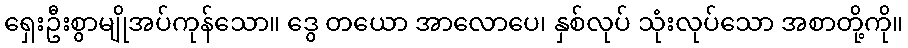
ရှေးဦးစွာမျိုအပ်ကုန်သော။ ဒွေ တယော အာလောပေ၊ နှစ်လုပ် သုံးလုပ်သော အစာတို့ကို။